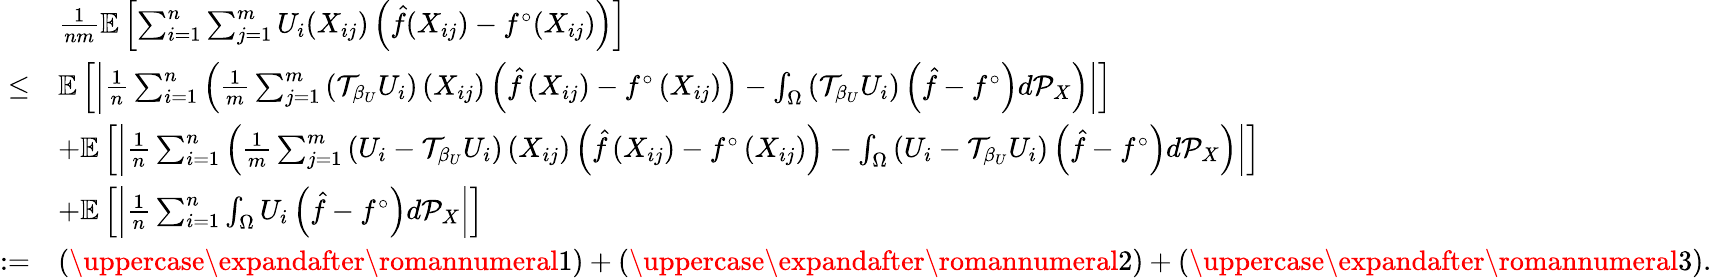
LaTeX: \begin{array}{rl}&{\frac{1}{nm}\mathbb{E}\left[\sum_{i=1}^{n}\sum_{j=1}^{m}U_{i}(X_{ij})\left(\hat{f}(X_{ij})-f^{\circ}(X_{ij})\right)\right]}\\ {\leq}&{\mathbb{E}\left[\left|\frac{1}{n}\sum_{i=1}^{n}\left(\frac{1}{m}\sum_{j=1}^{m}\left(\mathcal{T}_{\beta_{U}}U_{i}\right)\left(X_{ij}\right)\left(\hat{f}\left(X_{ij}\right)-f^{\circ}\left(X_{ij}\right)\right)-\int_{\Omega}\left(\mathcal{T}_{\beta_{U}}U_{i}\right)\left(\hat{f}-f^{\circ}\right)d\mathcal{P}_{X}\right)\right|\right]}\\ &{+\mathbb{E}\left[\left|\frac{1}{n}\sum_{i=1}^{n}\left(\frac{1}{m}\sum_{j=1}^{m}\left(U_{i}-\mathcal{T}_{\beta_{U}}U_{i}\right)\left(X_{ij}\right)\left(\hat{f}\left(X_{ij}\right)-f^{\circ}\left(X_{ij}\right)\right)-\int_{\Omega}\left(U_{i}-\mathcal{T}_{\beta_{U}}U_{i}\right)\left(\hat{f}-f^{\circ}\right)d\mathcal{P}_{X}\right)\right|\right]}\\ &{+\mathbb{E}\left[\left|\frac{1}{n}\sum_{i=1}^{n}\int_{\Omega}U_{i}\left(\hat{f}-f^{\circ}\right)d\mathcal{P}_{X}\right|\right]}\\ {:=}&{\left(\uppercase\expandafter{\romannumeral 1}\right)+\left(\uppercase\expandafter{\romannumeral 2}\right)+\left(\uppercase\expandafter{\romannumeral 3}\right).}\end{array}